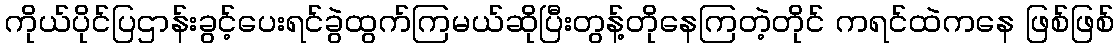
ကိုယ်ပိုင်ပြဌာန်းခွင့်ပေးရင်ခွဲထွက်ကြမယ်ဆိုပြီးတွန့်တိုနေကြတဲ့တိုင် ကရင်ထဲကနေ ဖြစ်ဖြစ်